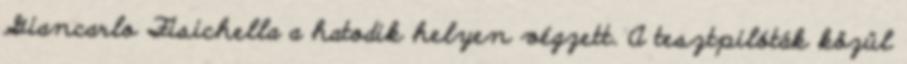
Giancarlo Fisichella a hatodik helyen végzett. A tesztpilóták közül